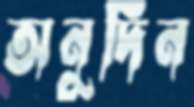
অনুদিন